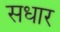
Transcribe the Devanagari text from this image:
सधार